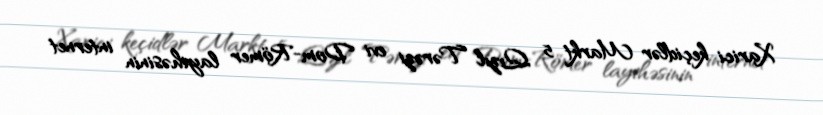
Xarici keçidlər Markt 5 Qızıl Tərəzi evi Dom-Römer layihəsinin internet